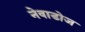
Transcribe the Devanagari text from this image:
नेवाडोज